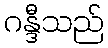
ဂန္ဒီသည်